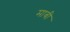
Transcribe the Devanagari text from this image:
माबी